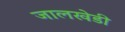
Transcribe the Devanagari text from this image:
जालखेडी